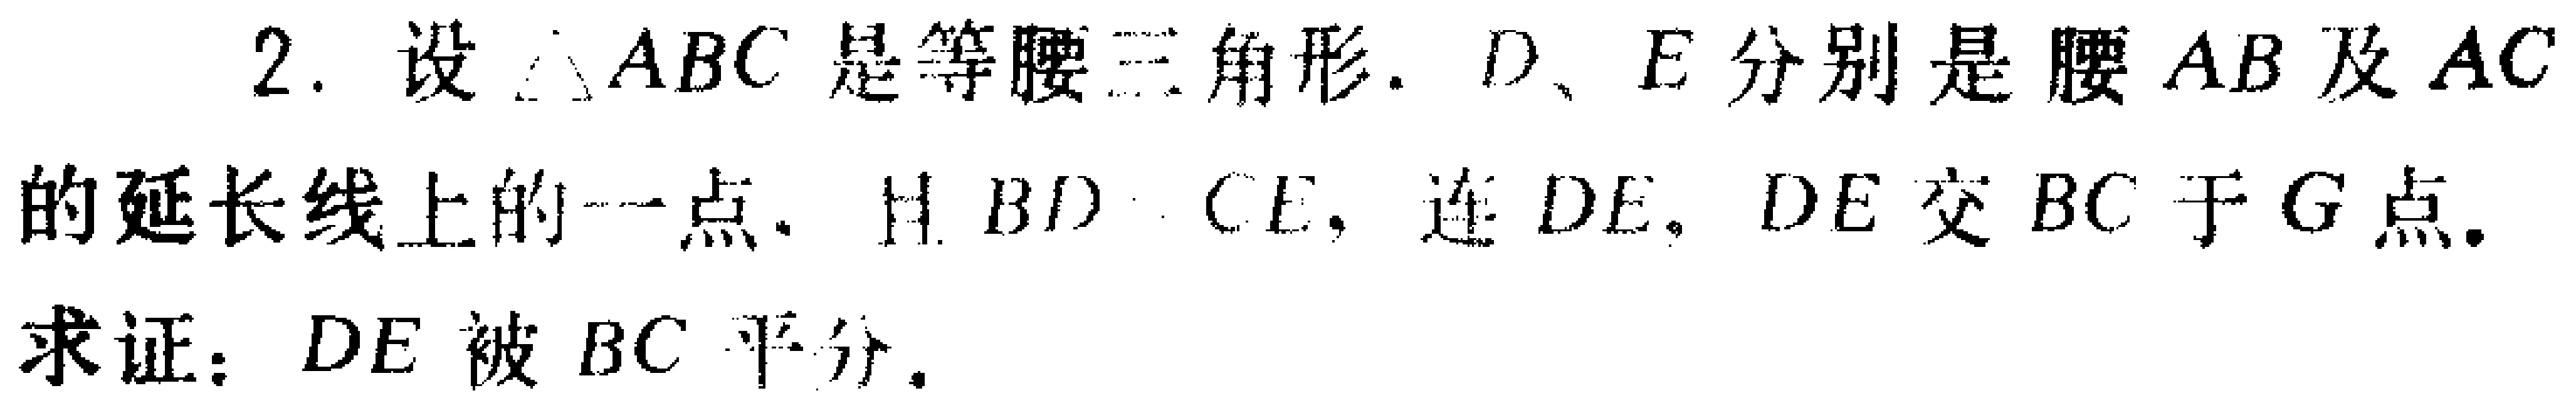
2. 设$\triangle ABC$是等腰三角形，$D$、$E$分别是腰$AB$及$AC$的延长线上的一点，且$BD = CE$，连$DE$，$DE$交$BC$于$G$点。

求证：$DE$被$BC$平分。